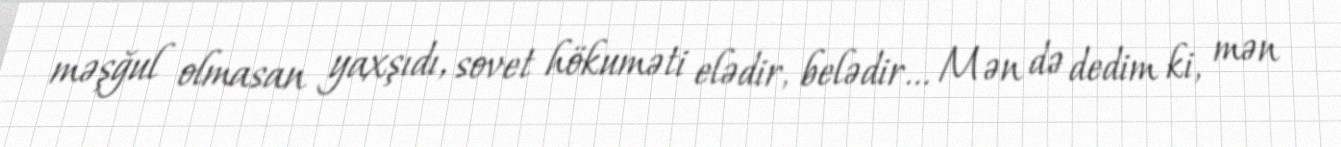
məşğul olmasan yaxşıdı, sovet hökuməti elədir, belədir... Mən də dedim ki, mən